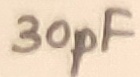
Text: 30pF